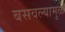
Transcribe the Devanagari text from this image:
बसवल्यामुळे